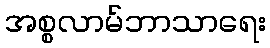
အစ္စလာမ်ဘာသာရေး